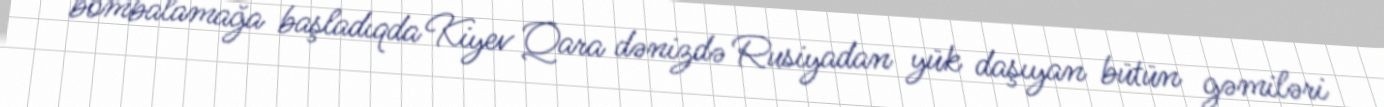
bombalamağa başladıqda Kiyev Qara dənizdə Rusiyadan yük daşıyan bütün gəmiləri